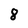
Character: 8